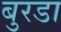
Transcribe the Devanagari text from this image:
बुरडा